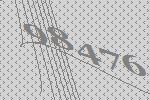
98476